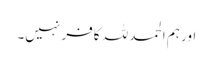
اور ہم الحمد للہ کافر نہیں۔